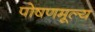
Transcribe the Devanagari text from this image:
पोषणमूल्य